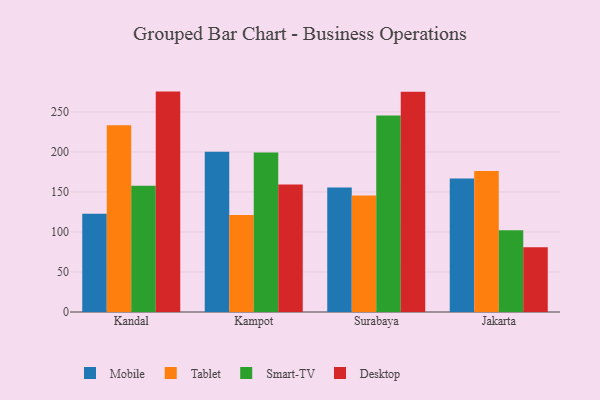
{"axis": {"x": "City", "y": "Website Visitors"}, "legend": ["Desktop", "Mobile", "Smart-TV", "Tablet"], "data": [{"x": "Kandal", "y": 122.8, "type": "Mobile"}, {"x": "Kandal", "y": 233.5, "type": "Tablet"}, {"x": "Kandal", "y": 157.6, "type": "Smart-TV"}, {"x": "Kandal", "y": 275.4, "type": "Desktop"}, {"x": "Kampot", "y": 200.2, "type": "Mobile"}, {"x": "Kampot", "y": 121.3, "type": "Tablet"}, {"x": "Kampot", "y": 199.2, "type": "Smart-TV"}, {"x": "Kampot", "y": 159.3, "type": "Desktop"}, {"x": "Surabaya", "y": 155.7, "type": "Mobile"}, {"x": "Surabaya", "y": 145.5, "type": "Tablet"}, {"x": "Surabaya", "y": 245.5, "type": "Smart-TV"}, {"x": "Surabaya", "y": 275.2, "type": "Desktop"}, {"x": "Jakarta", "y": 166.7, "type": "Mobile"}, {"x": "Jakarta", "y": 176.2, "type": "Tablet"}, {"x": "Jakarta", "y": 102.2, "type": "Smart-TV"}, {"x": "Jakarta", "y": 81.0, "type": "Desktop"}]}